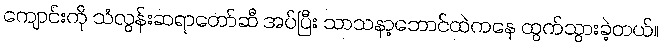
ကျောင်းကို သံလွန်းဆရာတော်ဆီ အပ်ပြီး သာသနာ့ဘောင်ထဲကနေ ထွက်သွားခဲ့တယ်။